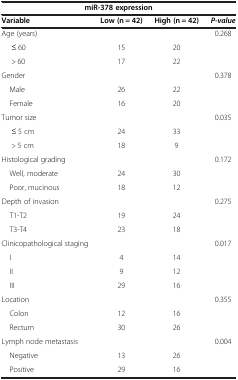
<table><thead><tr><td colspan="4"><b>miR-378 expression</b></td></tr><tr><td><b>Variable</b></td><td><b>Low (n = 42)</b></td><td><b>High (n = 42)</b></td><td><b><i>P-value</i></b></td></tr></thead><tbody><tr><td>Age (years)</td><td> </td><td> </td><td>0.268</td></tr><tr><td>≤ 60</td><td>15</td><td>20</td><td> </td></tr><tr><td>&gt; 60</td><td>17</td><td>22</td><td> </td></tr><tr><td>Gender</td><td> </td><td> </td><td>0.378</td></tr><tr><td> Male</td><td>26</td><td>22</td><td> </td></tr><tr><td> Female</td><td>16</td><td>20</td><td> </td></tr><tr><td>Tumor size</td><td> </td><td> </td><td>0.035</td></tr><tr><td>≤ 5 cm</td><td>24</td><td>33</td><td> </td></tr><tr><td>&gt; 5 cm</td><td>18</td><td>9</td><td> </td></tr><tr><td>Histological grading</td><td> </td><td> </td><td>0.172</td></tr><tr><td> Well, moderate</td><td>24</td><td>30</td><td> </td></tr><tr><td> Poor, mucinous</td><td>18</td><td>12</td><td> </td></tr><tr><td>Depth of invasion</td><td> </td><td> </td><td>0.275</td></tr><tr><td> T1-T2</td><td>19</td><td>24</td><td> </td></tr><tr><td> T3-T4</td><td>23</td><td>18</td><td> </td></tr><tr><td>Clinicopathological staging</td><td> </td><td> </td><td>0.017</td></tr><tr><td> I</td><td>4</td><td>14</td><td> </td></tr><tr><td> II</td><td>9</td><td>12</td><td> </td></tr><tr><td> III</td><td>29</td><td>16</td><td> </td></tr><tr><td>Location</td><td> </td><td> </td><td>0.355</td></tr><tr><td> Colon</td><td>12</td><td>16</td><td> </td></tr><tr><td> Rectum</td><td>30</td><td>26</td><td> </td></tr><tr><td>Lymph node metastasis</td><td> </td><td> </td><td>0.004</td></tr><tr><td> Negative</td><td>13</td><td>26</td><td> </td></tr><tr><td> Positive</td><td>29</td><td>16</td><td> </td></tr></tbody></table>